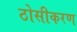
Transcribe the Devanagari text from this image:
ठोसीकरण